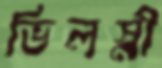
ভিলস্নী